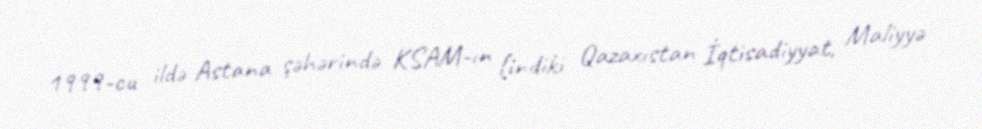
1999-cu ildə Astana şəhərində KSAM-ın (indiki Qazaxıstan İqtisadiyyat, Maliyyə